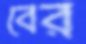
বের